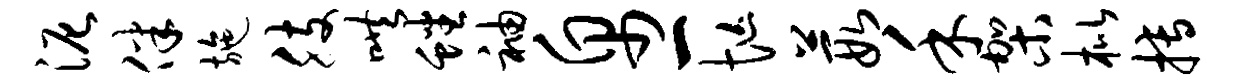
泥伴施肢哄蟠袖帛一忙葭禾架枇搏